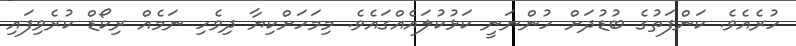
ހުރެއެވެ. ކަންފަތުގެ ބުޑުދަށް ހުންނަނީ ކަޅުކުލައެއްގައެވެ. މިމަހަށްކިޔާ ދިވެހި ނަމެއް ރިކޯޑް ކުރެވިފައި